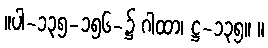
။ပါ-၁၃၅-၁၅၆-၌ ဂါထာ၊ ဋ္ဌ-၁၃၅။ ။